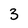
Character: 3